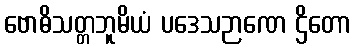
ဗောဓိသတ္တဘူမိယံ ပဒေသဉာဏေ ဌိတော